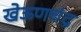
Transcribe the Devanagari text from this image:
खेऊणचंद्र